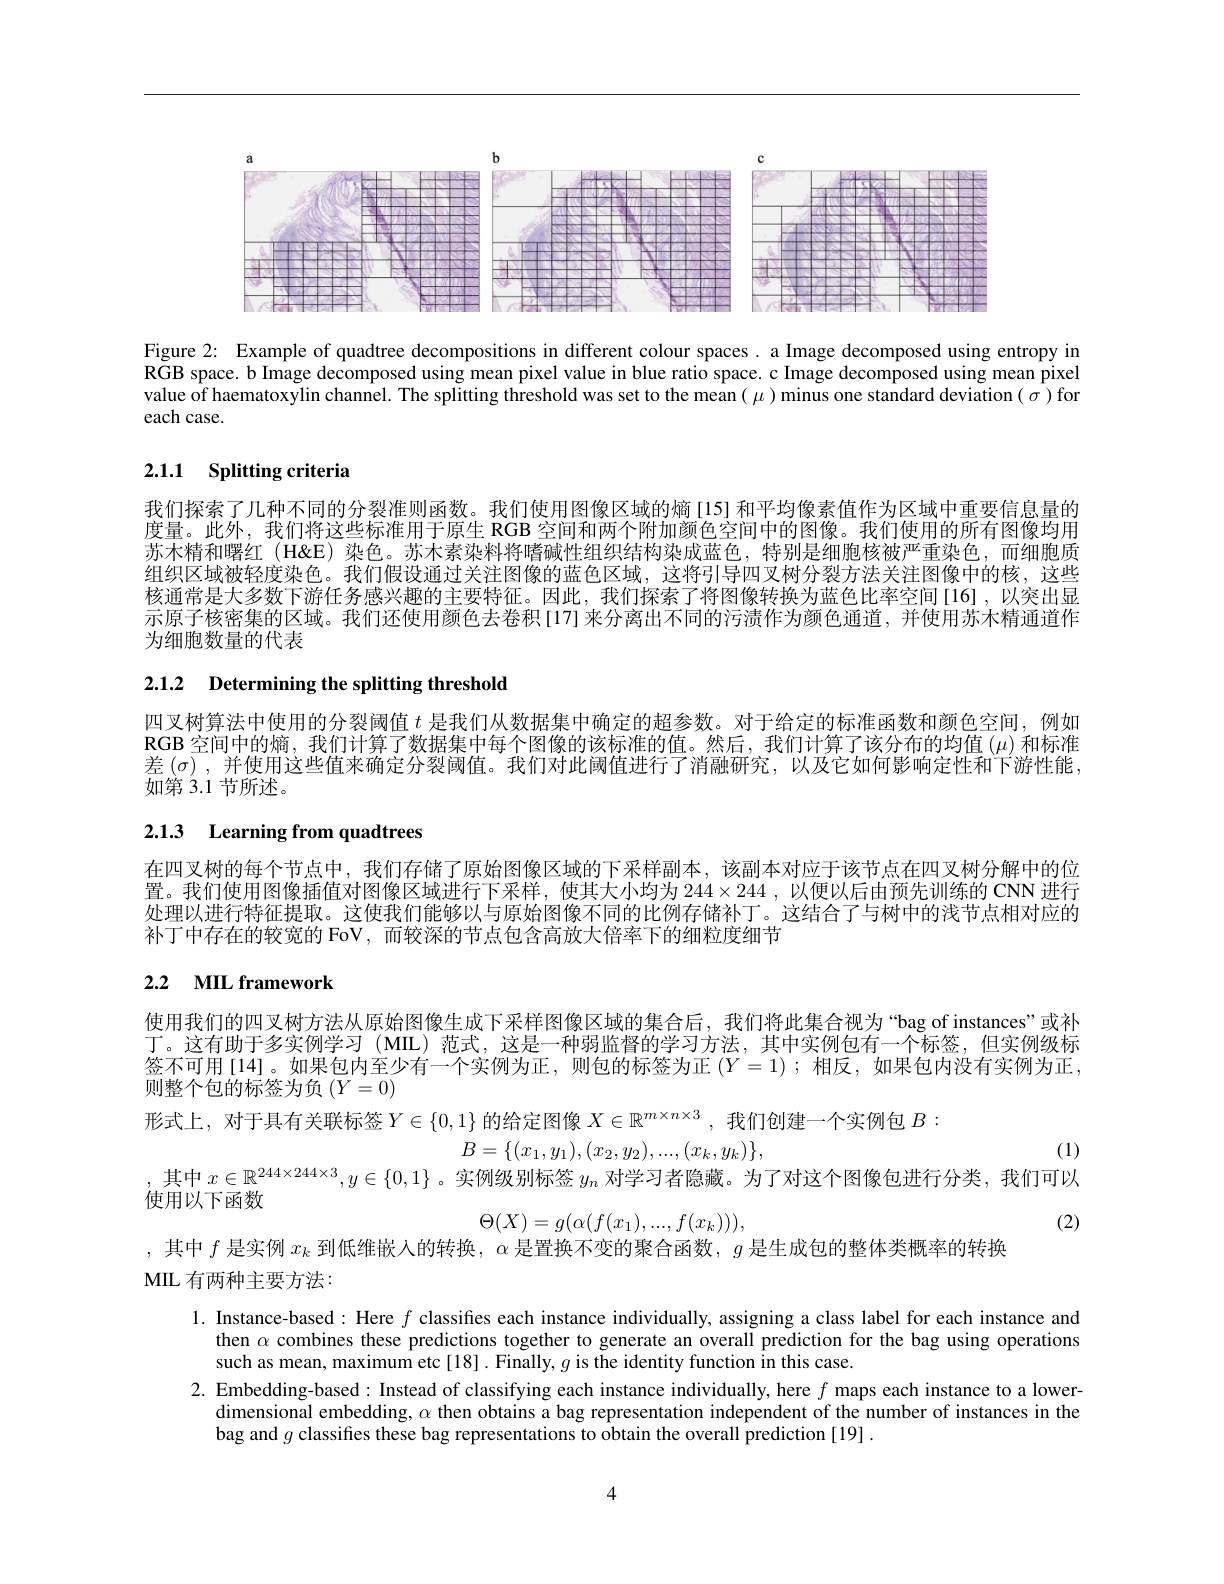
<FigureHere>

Figure 2: Example of quadtree decompositions in different colour spaces. a Image decomposed using entropy in $\tilde{\text{RGB space. b Image decomposed using mean pixel value in blue ratio space. c Image decomposed using mean pixel}}$ value $\hat{\text{of haematoxylin channel. The splitting threshold was set to the mean}(\mu)\text{minus one standard deviation( }\sigma)}$for each case.

# 2.1.1 Splitting criteria

我们探索了几种不同的分裂准则函数。我们使用图像区域的熵[15] 和平均像素值作为区域中重要信息量的度量。此外，我们将这些标准用于原生 RGB 空间和两个附加颜色空间中的图像。我们使用的所有图像均用苏木精和曙红(H&E) 染色。苏木素染料将嗜碱性组织结构染成蓝色，特别是细胞核被严重染色，而细胞质组织区域被轻度染色。我们假设通过关注图像的蓝色区域，这将引导四叉树分裂方法关注图像中的核，这些核通常是大多数下游任务感兴趣的主要特征。因此，我们探索了将图像转换为蓝色比率空间[16],以突出显示原子核密集的区域。我们还使用颜色去卷积[17]来分离出不同的污渍作为颜色通道，并使用苏木精通道作为细胞数量的代表

## 2.1.2 Determining the splitting threshold

四叉树算法中使用的分裂阈值$t$是我们从数据集中确定的超参数。对于给定的标准函数和颜色空间，例如RGB 空间中的熵，我们计算了数据集中每个图像的该标准的值。然后，我们计算了该分布的均值$(\mu)$和标准差$\left(\sigma\right)$,并使用这些值来确定分裂阈值。我们对此阈值进行了消融研究，以及它如何影响定性和下游性能， 如第 3.1 节所述。

# 2.1.3 Learning from quadtrees

在四叉树的每个节点中，我们存储了原始图像区域的下采样副本，该副本对应于该节点在四叉树分解中的位置。我们使用图像插值对图像区域进行下采样，使其大小均为$244\times244$,以便以后由预先训练的 CNN 进行处理以进行特征提取。这使我们能够以与原始图像不同的比例存储补丁。这结合了与树中的浅节点相对应的补丁中存在的较宽的 FoV,而较深的节点包含高放大倍率下的细粒度细节

# 2.2 MIL framework

使用我们的四叉树方法从原始图像生成下采样图像区域的集合后，我们将此集合视为“bag of instances”或补丁。这有助于多实例学习(MIL)范式，这是一种弱监督的学习方法，其中实例包有一个标签，但实例级标签不可用[14]。如果包内至少有一个实例为正，则包的标签为正$(Y=1);$相反，如果包内没有实例为正， 则整个包的标签为负$(Y=0)$
形式上，对于具有关联标签$Y\in\{0,1\}$的给定图像$X\in\mathbb{R}^{m\times n\times3}$ ,我们创建一个实例包$B:$
(1)
$B=\{(x_1,y_1),(x_2,y_2),...,(x_k,y_k)\}$,
其中$x\in\mathbb{R}^{244\times244\times3},y\in\{0,1\}$ 。实例级别标签$y_n$对学习者隐藏。为了对这个图像包进行分类，我们可以
使用以下函数
$$\Theta(X)=g(\alpha(f(x_1),...,f(x_k))),$$
(2)
,其中$f$是实例$x_k$到低维嵌入的转换，$\alpha$是置换不变的聚合函数，$g$是生成包的整体类概率的转换
MIL 有两种主要方法：

1. Instance-based: Here $f$ classifes each instance individually, assigning a class label for each instance and
then $\alpha$ combines these predictions together to generate an overall prediction for the bag using operations
such as mean, maximum etc[18]. Finally, $g$ is the identity function in this case.
2. Embedding-based: Instead of classifying each instance individually, here $f$ maps each instance to a lower-
dimensional embedding, $\alpha$ then obtains a bag representation independent of the number of instances in the
bag and $g$ classifies these bag representations to obtain the overall prediction [19]

4